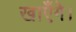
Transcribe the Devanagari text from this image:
खाएँगे।